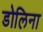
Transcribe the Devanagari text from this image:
डोलिना